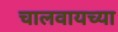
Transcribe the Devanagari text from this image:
चालवायच्या